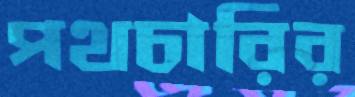
পথচারির